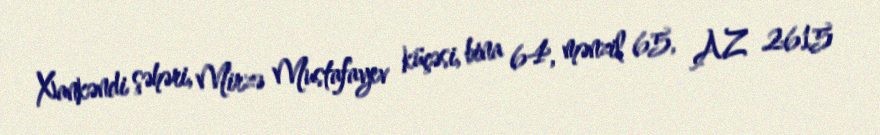
Xankəndi şəhəri, Mirzə Mustafayev küçəsi, bina 64, mənzil 65, AZ 2615